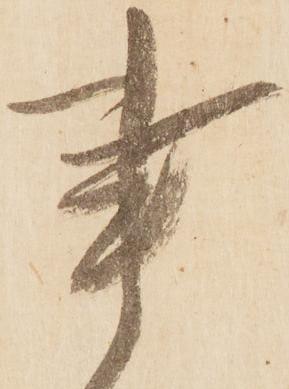
事